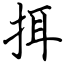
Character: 挕